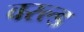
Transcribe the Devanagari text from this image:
वरल्ड